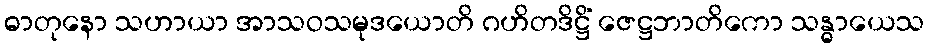
ဓာတုနော သဟာယာ အာသဝသမုဒယောတိ ဂဟိတဒိဋ္ဌိံ ဇေဋ္ဌဘာတိကော သန္ဓာယေသ